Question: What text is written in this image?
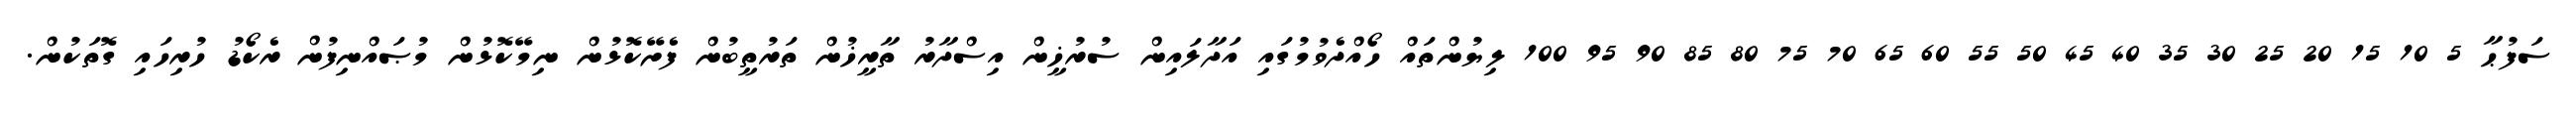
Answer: ސަފުޙާ 5 10 15 20 25 30 35 40 45 50 55 60 65 70 75 80 85 90 95 100 ލިޔުންތައް ހޯއްދެވުމުގައި އަދާލައިން ސުރުޚީން އިސްދާރު ތާރީޚުން ތަރުތީބުން ފެށޭކޮޅުން ނިމޭކޮޅުން މުޞައްނިފުން ރެކޯޑު ހުރިހައި ގޮތަކުން.